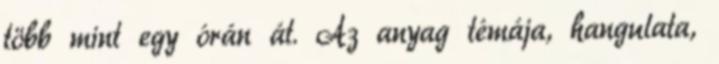
több mint egy órán át. Az anyag témája, hangulata,